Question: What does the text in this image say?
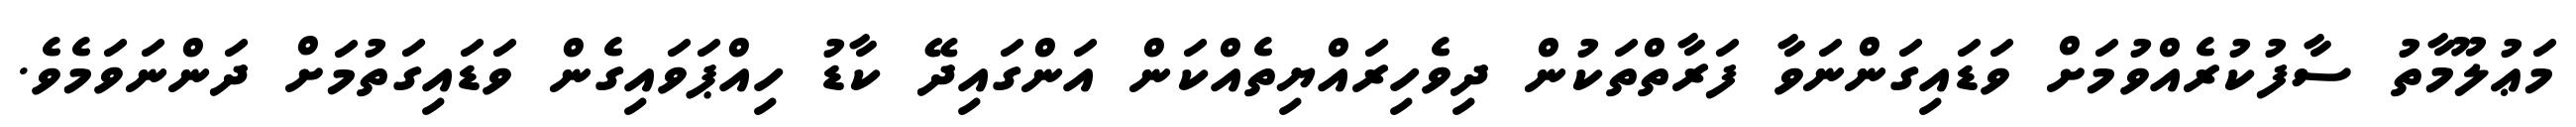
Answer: މަޢުލޫމާތު ސާފުކުރެއްވުމަށް ވަޑައިގަންނަވާ ފަރާތްތަކުން ދިވެހިރައްޔިތެއްކަން އަންގައިދޭ ކާޑު ހިއްޕަވައިގެން ވަޑައިގަތުމަށް ދަންނަވަމެވެ.